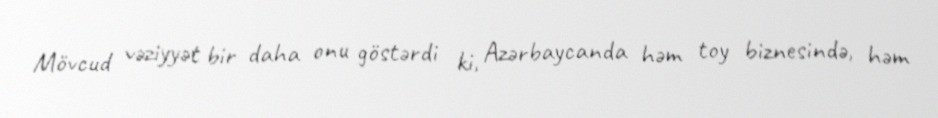
Mövcud vəziyyət bir daha onu göstərdi ki, Azərbaycanda həm toy biznesində, həm